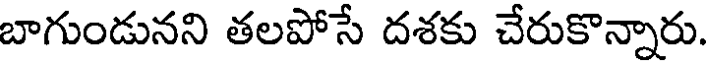
బాగుండునని తలపోసే దశకు చేరుకొన్నారు.